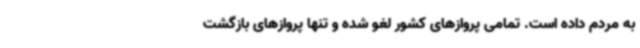
به مردم داده است. تمامی پروازهای کشور لغو شده و تنها پروازهای بازگشت